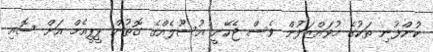
ކުންފުނި ތަކުގެ މުވައްޒަފުން ވެސް ޖެހޭނީ އުސޫލެއްގެ ގޮތުން ޕީޕީއެމް އަށް ސޮއި